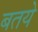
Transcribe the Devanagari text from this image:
बतये